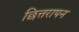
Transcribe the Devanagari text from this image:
छित्तरापन